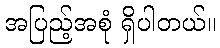
အပြည့်အစုံ ရှိပါတယ်။